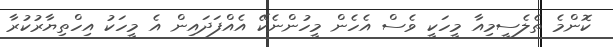
ކޮންމެ ތެލެސީމިއާ މީހަކީ ވެސް އެހެން މީހުންނެކޭ އެއްފަދައިން އެ މީހަކު އިހްތިޔާރުކުރާ